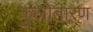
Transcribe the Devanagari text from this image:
कुलोतारण